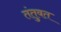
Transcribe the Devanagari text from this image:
तंतुवत